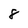
Character: 8